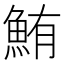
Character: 鮪